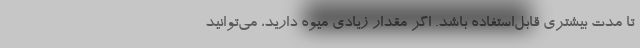
تا مدت بیشتری قابل‌استفاده باشد. اگر مقدار زیادی میوه دارید، می‌توانید